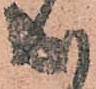
成